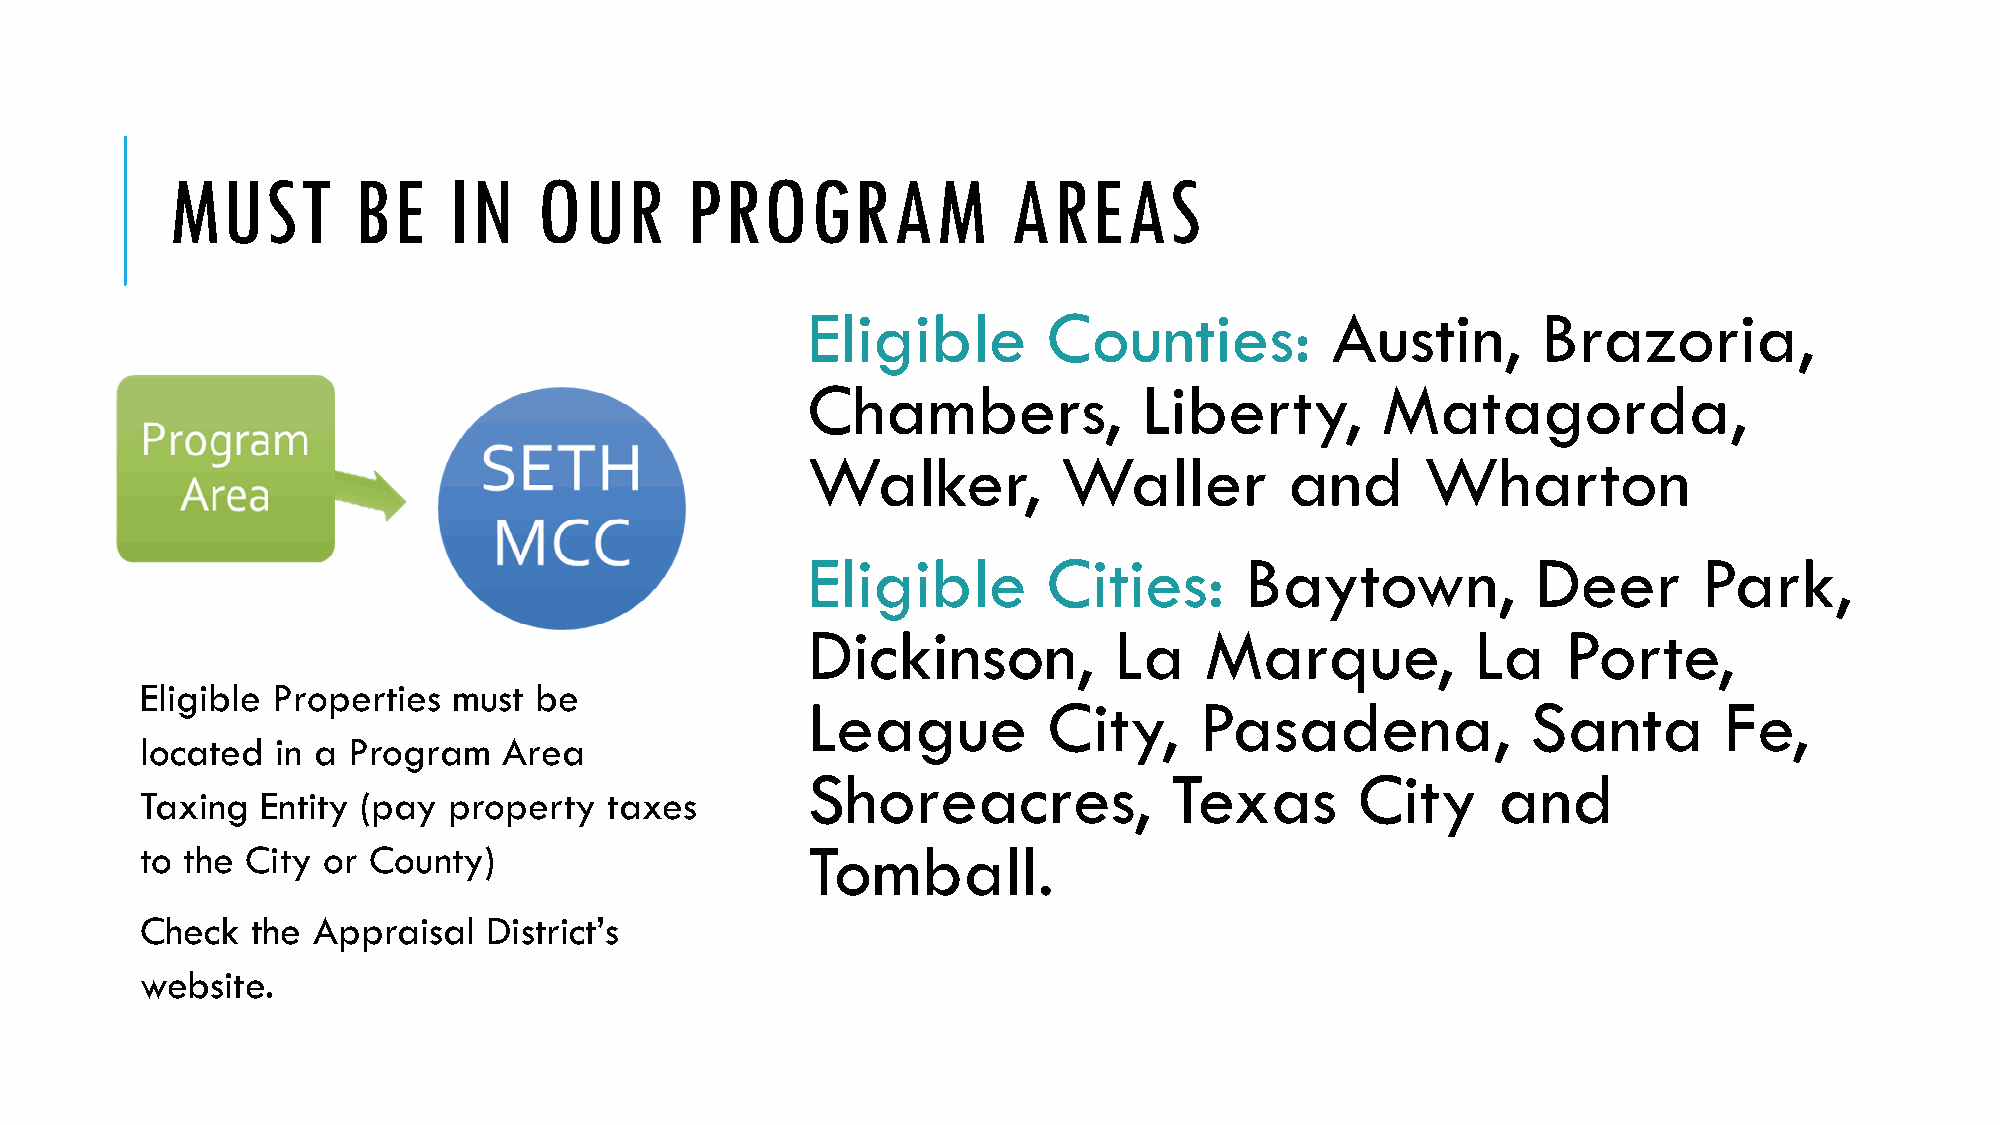
MUST        BE     IN   OUR       PROGRAM               AREAS
 Eligible        Counties:          Austin,       Brazoria,
 Chambers,              Liberty,       Matagorda,
 Walker,          Waller         and      Wharton
 Eligible        Cities:      Baytown,            Deer       Park,
 Dickinson,           La    Marque,           La    Porte,
 Eligible Properties  must be
 League          City,     Pasadena,             Santa        Fe,
 located  in a Program   Area
 Shoreacres,              Texas       City     and
 Taxing  Entity (pay  property  taxes
 to the City or County)                      Tomball.
 Check   the Appraisal  District’s
 website.